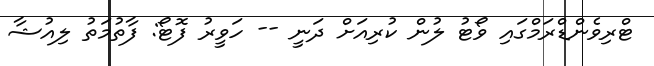
ޓްރިވެންޑްރަމްގައި ވޯޓު ލުން ކުރިއަށް ދަނީ -- ހަވީރު ފޮޓޯ: ފާތުމަތު ލިއުޝާ